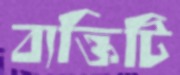
ব্যক্তিটি